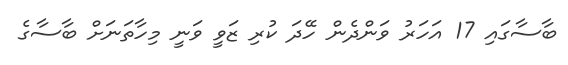
ބާސާގައި 17 އަހަރު ވަންދެން ހޭދަ ކުރި ޒަވީ ވަނީ މިހާތަނަށް ބާސާގެ